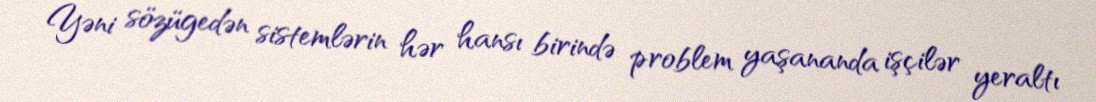
Yəni sözügedən sistemlərin hər hansı birində problem yaşananda işçilər yeraltı